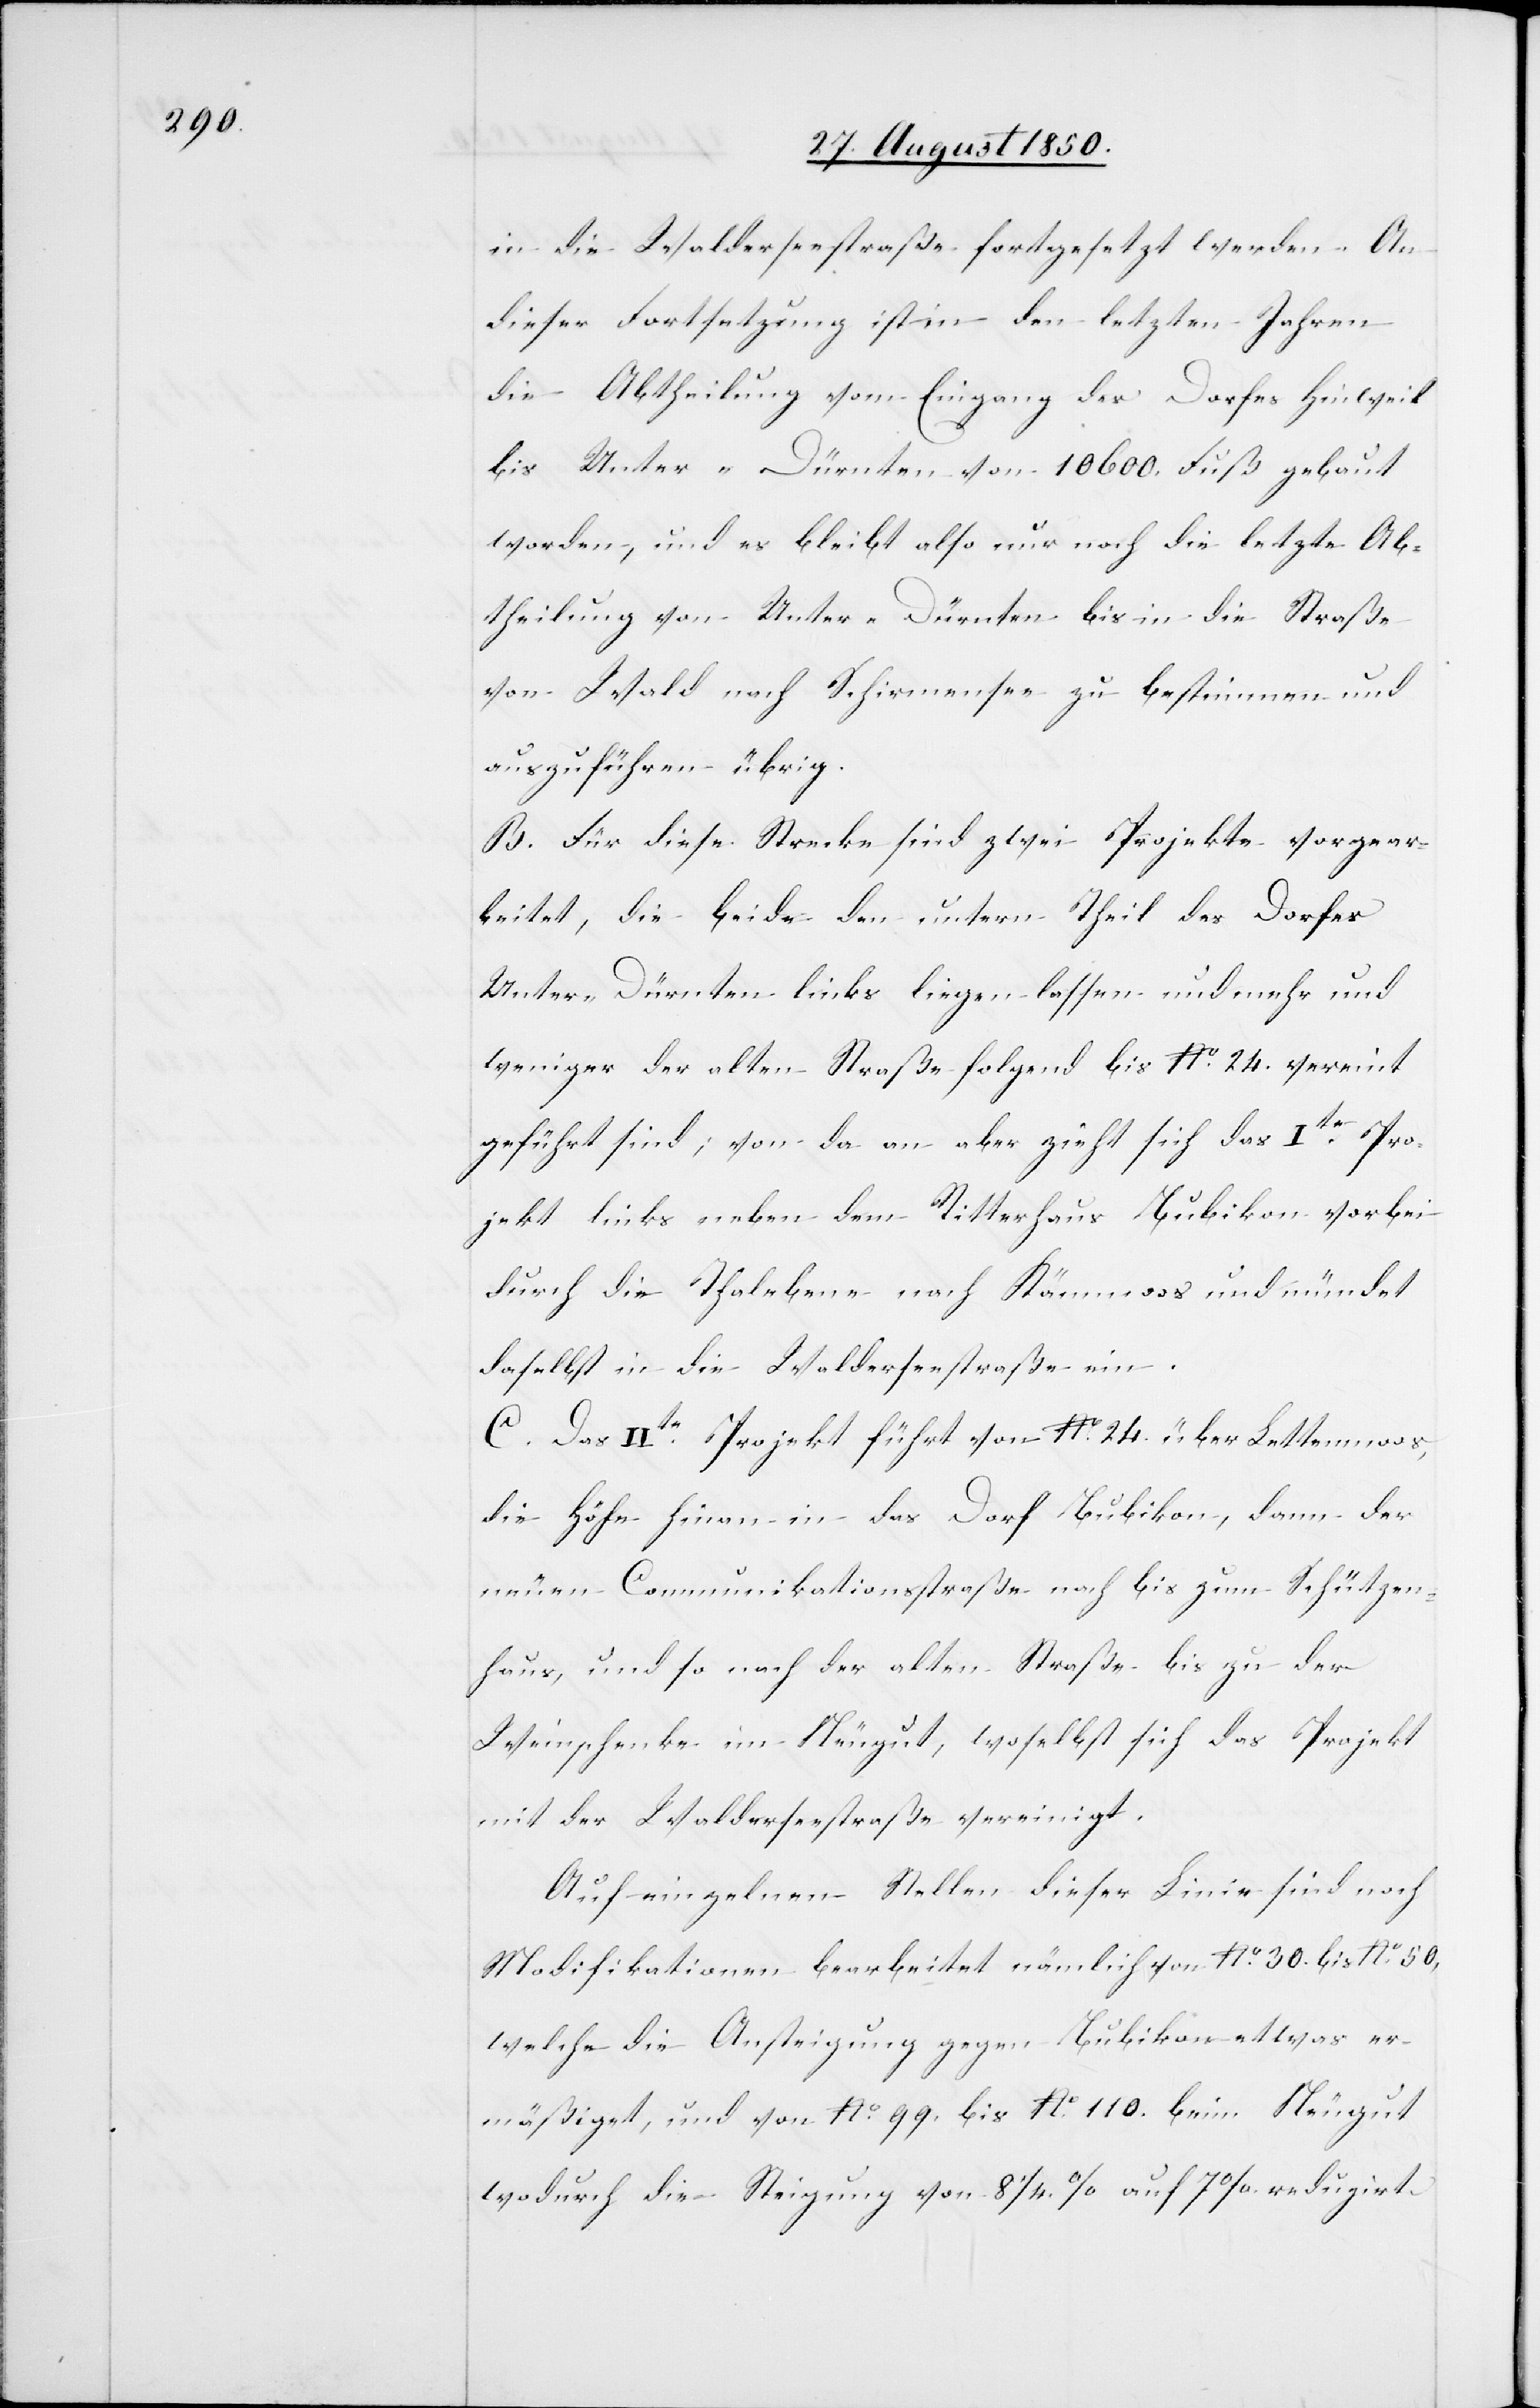
in die Walderseestraße fortgesetzt werden. An
dieser Fortsetzung ist in den letzten Jahren
die Abtheilung vom Eingang des Dorfes Hinweil
bis Unter-Dürnten von 10 600. Fuß gebaut
worden, und es bleibt also nur noch die letzte Ab¬
theilung von Unter-Dürnten bis in die Straße
von Wald nach Schirmensee zu bestimmen und
auszuführen übrig.
B. Für diese Strecke sind zwei Projekte vorgear¬
beitet, die beide den untern Theil des Dorfes
Unter-Dürnten links liegen lassen und mehr und
weniger der alten Straße folgend bis No. 24. vereint
geführt sind; von da an aber zählt sich das Ite Pro¬
jekt links neben dem Ritterhaus Bubikon vorbei
durch die Thalebene nach Kämmoos und mündet
daselbst in die Walderseestraße ein.
C. Das IIte Projekt führt von No. 24. über Lettenmoos,
die Höhe hinan in das Dorf Bubikon, dann der
neuen Communikationsstraße nach bis zum Schützen¬
haus, und so nach der alten Straße bis zu der
Weinschenke im Neugut, woselbst sich das Projekt
mit der Walderseestraße vereinigt.
Auf einzelnen Stellen dieser Linie sind noch
Modifikationen bearbeitet nämlich von No. 30. bis No. 50,
welche die Ansteigung gegen Bubikon etwas er¬
mäßiget, und von No. 99. bis No. 110. beim Neugut
wodurch die Steigung von 8 1/4. % auf 7 %. reduzirt